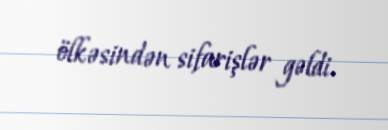
ölkəsindən sifarişlər gəldi.